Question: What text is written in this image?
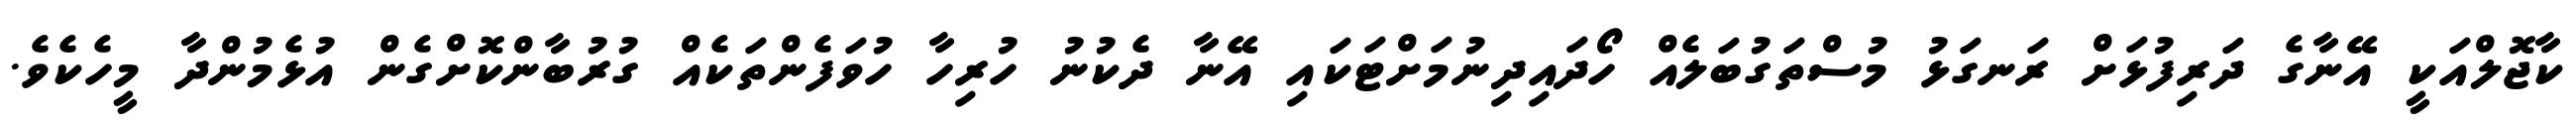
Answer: ކާޖޮލްއަކީ އޭނާގެ ދަރިފުޅަށް ރަނގަޅު މުސްތަގުބަލެއް ހޯދައިދިނުމަށްޓަކައި އޭނާ ދެކުނު ހުރިހާ ހުވަފެންތަކެއް ގުރުބާންކޮށްގެން އުޅެމުންދާ މީހެކެވެ.